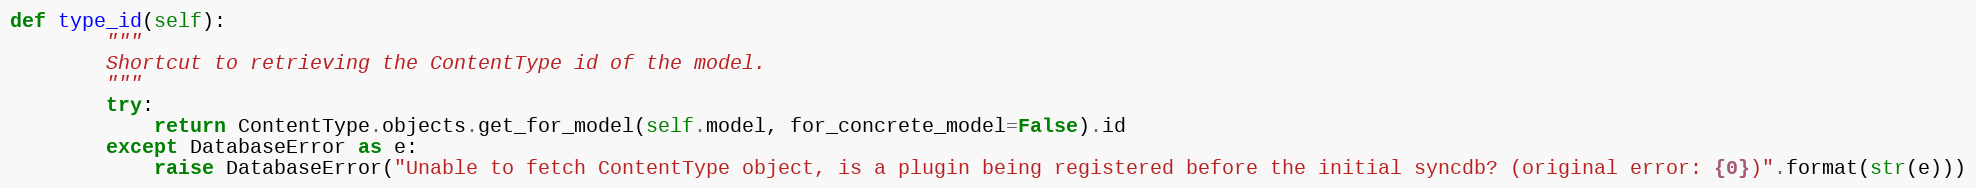
Language: Python
def type_id(self):
        """
        Shortcut to retrieving the ContentType id of the model.
        """
        try:
            return ContentType.objects.get_for_model(self.model, for_concrete_model=False).id
        except DatabaseError as e:
            raise DatabaseError("Unable to fetch ContentType object, is a plugin being registered before the initial syncdb? (original error: {0})".format(str(e)))